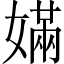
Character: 𡠪